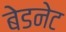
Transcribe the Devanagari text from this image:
बेडनेट